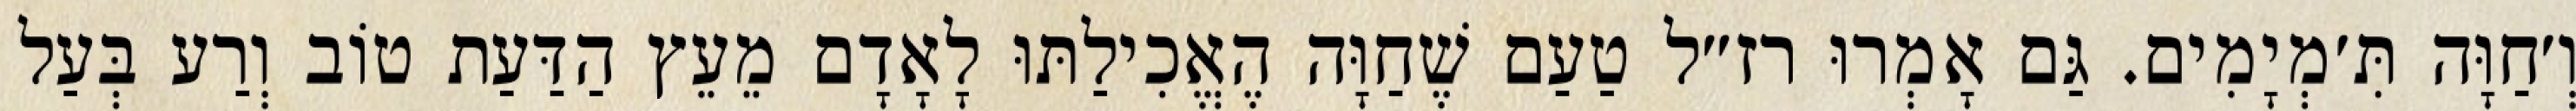
וְ׳חַוָּה תִּ׳מְיָמִים. גַּם אָמְרוּ רז״ל טַעַם שֶׁחַוָּה הֶאֱכִילַתּוּ לָאָדָם מֵעֵץ הַדַּעַת טוֹב וְרַע בְּעַל